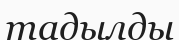
тадылды